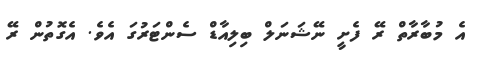
އެ މުބާރާތް ރޭ ފެށީ ނޭޝަނަލް ބިލިއާޑް ސެންޓަރުގަ އެވެ. އެގޮތުން ރޭ